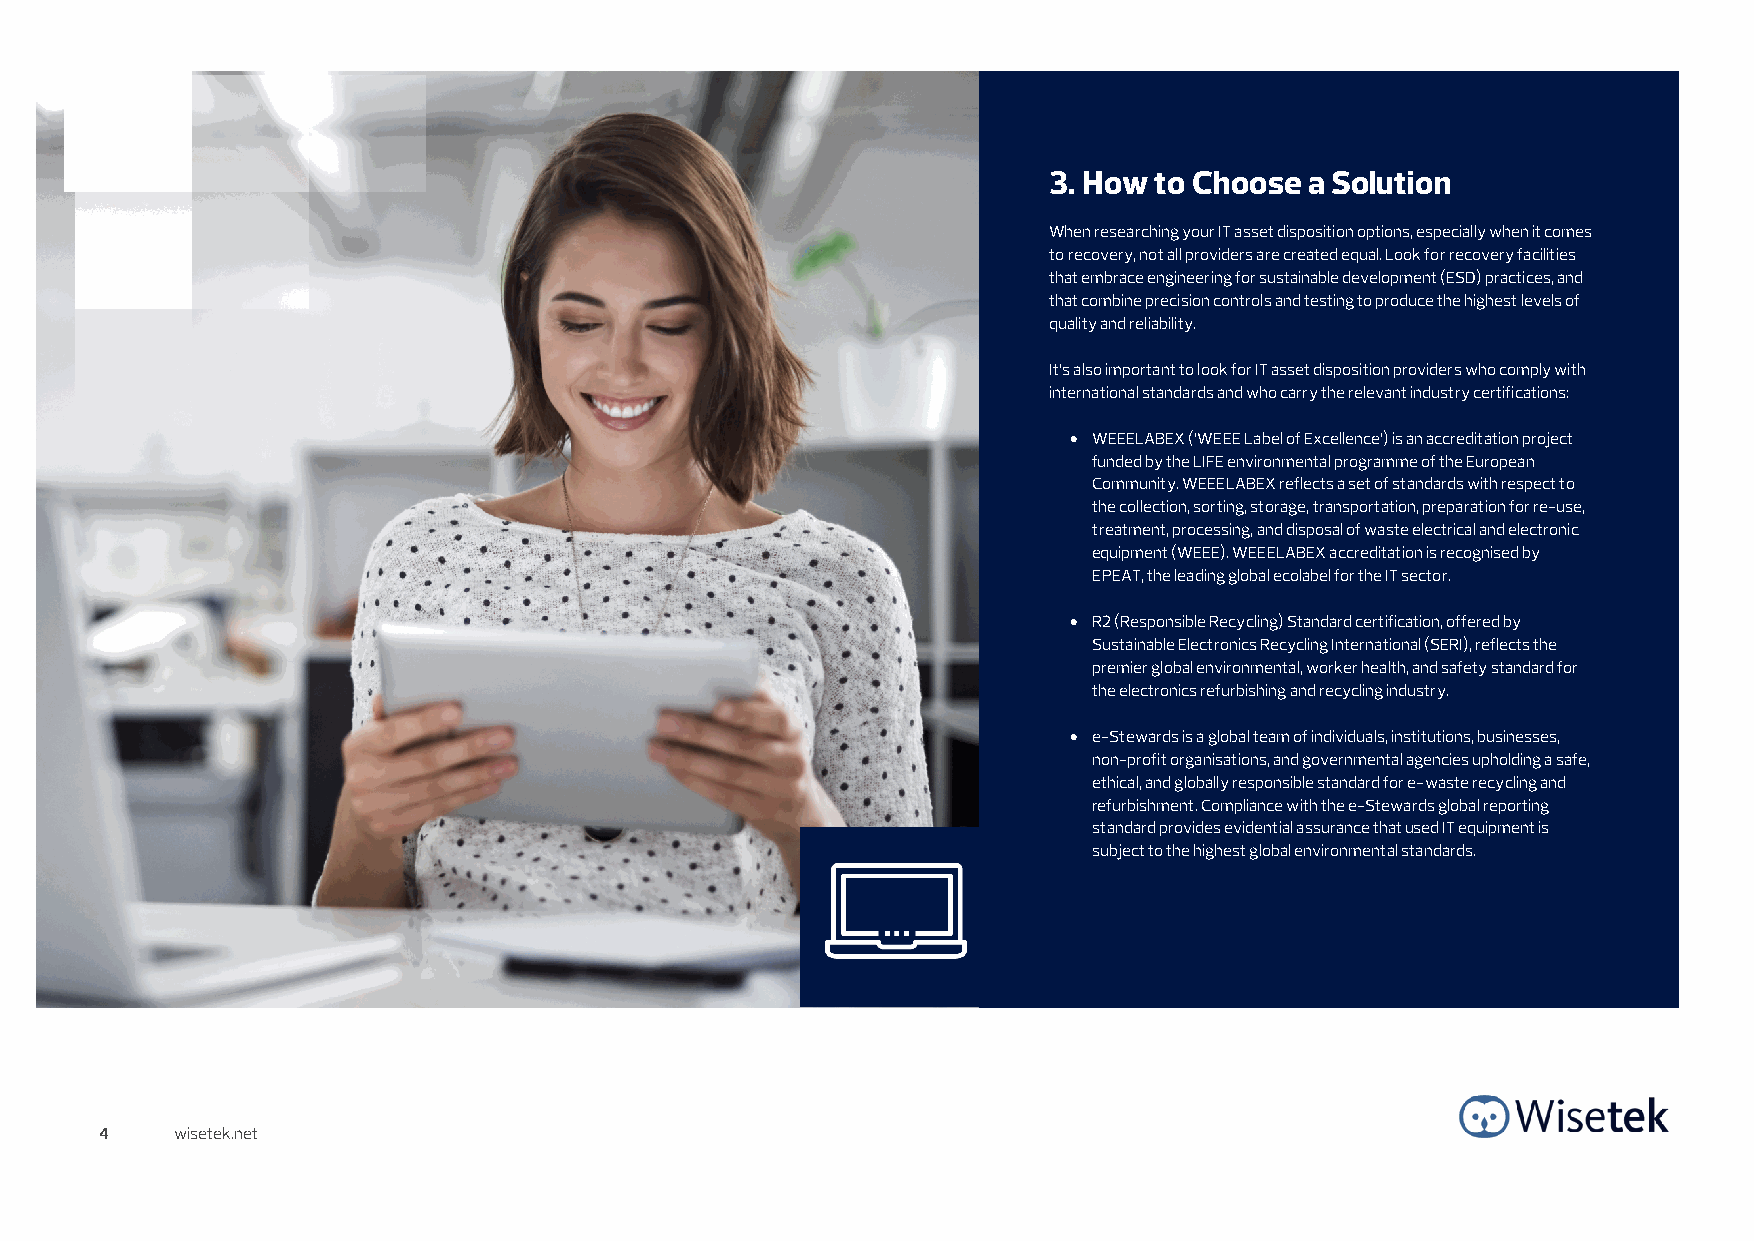
3. How to Choose  a Solution
 When researching your IT asset disposition options, especially when it comes
 to recovery, not all providers are created equal. Look for recovery facilities
 that embrace engineering for sustainable development (ESD) practices, and
 that combine precision controls and testing to produce the highest levels of
 quality and reliability.
 It’s also important to look for IT asset disposition providers who comply with
 international standards and who carry the relevant industry certifications:
 • WEEELABEX (‘WEEE Label of Excellence’) is an accreditation project
 funded by the LIFE environmental programme of the European
 Community. WEEELABEX reflects a set of standards with respect to
 the collection, sorting, storage, transportation, preparation for re-use,
 treatment, processing, and disposal of waste electrical and electronic
 equipment (WEEE). WEEELABEX accreditation is recognised by
 EPEAT, the leading global ecolabel for the IT sector.
 • R2 (Responsible Recycling) Standard certification, offered by
 Sustainable Electronics Recycling International (SERI), reflects the
 premier global environmental, worker health, and safety standard for
 the electronics refurbishing and recycling industry.
 • e-Stewards is a global team of individuals, institutions, businesses,
 non-profit organisations, and governmental agencies upholding a safe,
 ethical, and globally responsible standard for e-waste recycling and
 refurbishment. Compliance with the e-Stewards global reporting
 standard provides evidential assurance that used IT equipment is
 subject to the highest global environmental standards.
 4   wisetek.net